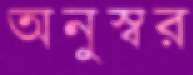
অনুস্বর